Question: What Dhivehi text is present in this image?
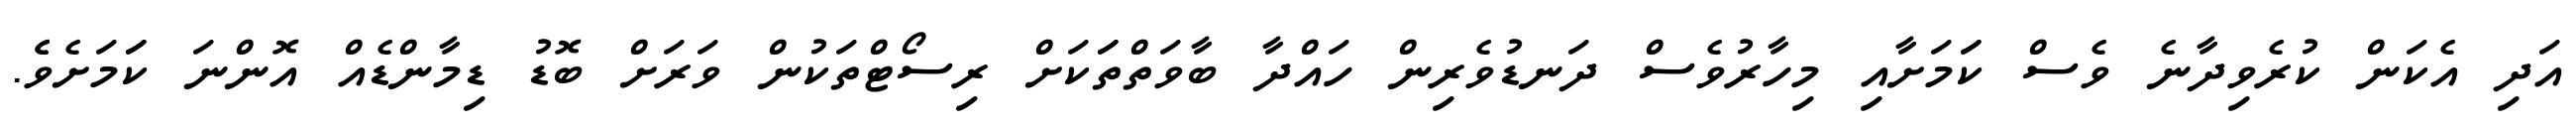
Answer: އަދި އެކަން ކުރެވިދާނެ ވެސް ކަަމަށާއި މިހާރުވެސް ދަނޑުވެރިން ހައްދާ ބާވަތްތަަކަށް ރިސޯޓްތަކުން ވަރަށް ބޮޑު ޑިމާންޑެއް އޮންނަ ކަަމަށެވެެ.